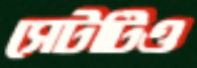
সেটটিও